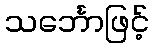
သင်္ဘောဖြင့်